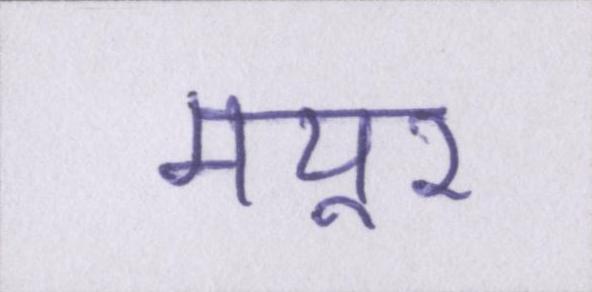
मयूर